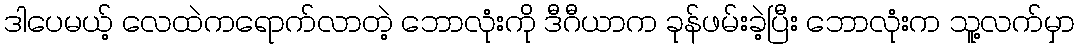
ဒါပေမယ့် လေထဲကရောက်လာတဲ့ ဘောလုံးကို ဒီဂီယာက ခုန်ဖမ်းခဲ့ပြီး ဘောလုံးက သူ့လက်မှာ